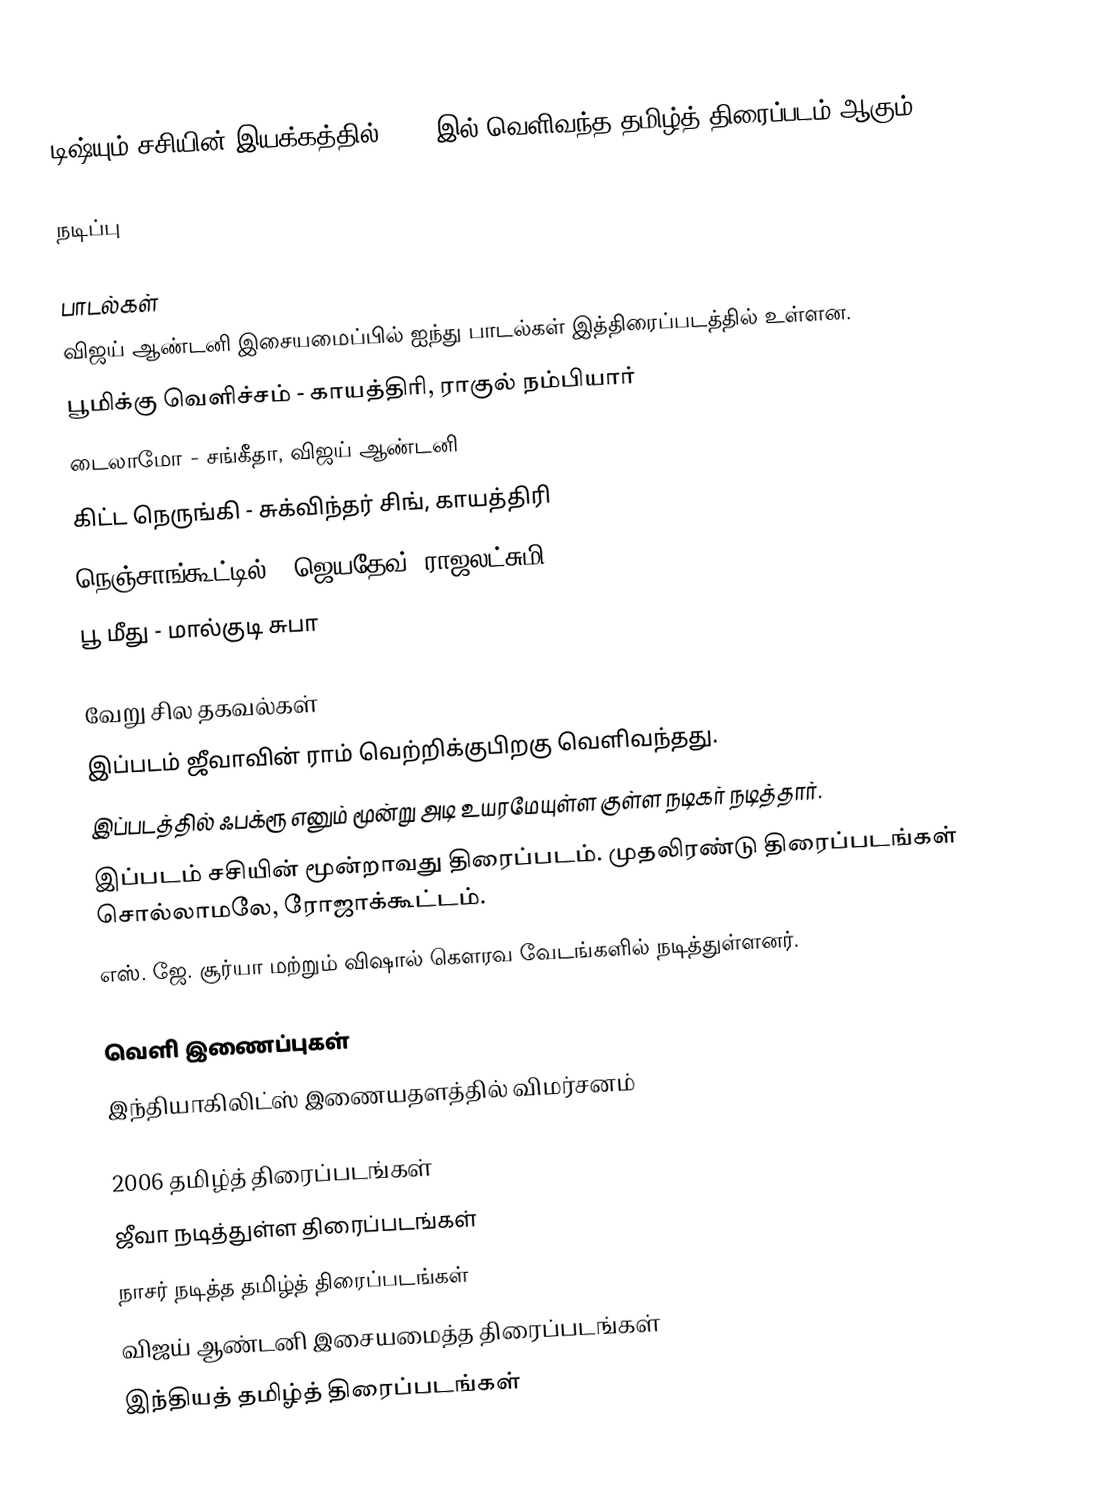
டிஷ்யும் சசியின் இயக்கத்தில் 2006 இல் வெளிவந்த தமிழ்த் திரைப்படம் ஆகும்.

நடிப்பு

பாடல்கள்
விஜய் ஆண்டனி இசையமைப்பில் ஐந்து பாடல்கள் இத்திரைப்படத்தில் உள்ளன.
பூமிக்கு வெளிச்சம் - காயத்திரி, ராகுல் நம்பியார்
டைலாமோ - சங்கீதா, விஜய் ஆண்டனி
கிட்ட நெருங்கி - சுக்விந்தர் சிங், காயத்திரி
 நெஞ்சாங்கூட்டில் - ஜெயதேவ், ராஜலட்சுமி
பூ மீது - மால்குடி சுபா

வேறு சில தகவல்கள்
 இப்படம் ஜீவாவின் ராம் வெற்றிக்குபிறகு வெளிவந்தது.
 இப்படத்தில் ஃபக்ரூ எனும் மூன்று அடி உயரமேயுள்ள குள்ள நடிகர் நடித்தார்.
 இப்படம் சசியின் மூன்றாவது திரைப்படம். முதலிரண்டு திரைப்படங்கள் சொல்லாமலே, ரோஜாக்கூட்டம்.
 எஸ். ஜே. சூர்யா மற்றும் விஷால் கௌரவ வேடங்களில் நடித்துள்ளனர்.

வெளி இணைப்புகள்
 இந்தியாகிலிட்ஸ் இணையதளத்தில் விமர்சனம்

2006 தமிழ்த் திரைப்படங்கள்
ஜீவா நடித்துள்ள திரைப்படங்கள்
நாசர் நடித்த தமிழ்த் திரைப்படங்கள்
விஜய் ஆண்டனி இசையமைத்த திரைப்படங்கள்
இந்தியத் தமிழ்த் திரைப்படங்கள்